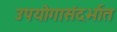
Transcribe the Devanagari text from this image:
उपयोगासंदर्भात